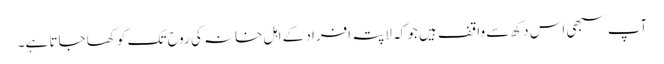
آپ سبھی اس دکھ سے واقف ہیں جو کہ لاپتہ افراد کے اہل خانہ کی روح تک کو کھا جاتا ہے۔